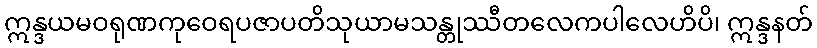
ဣန္ဒယမဝရုဏကုဝေရပဇာပတိသုယာမသန္တုဿီတလေကပါလေဟိပိ၊ ဣန္ဒနတ်